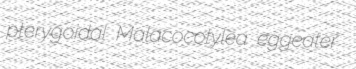
pterygoidal Malacocotylea eggeater